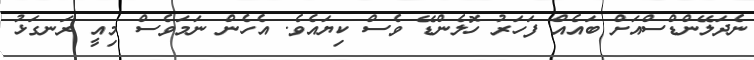
ނެދަލޭންޑްސްއަށް ބައެއް ފަހަރު ހޮލެންޑޭ ވެސް ކިޔައެވެ. އެހެން ނަމަވެސް މިއީ ރަނގަޅު